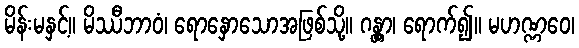
မိန်းမနှင့်။ မိဿီဘာဝံ၊ ရောနှောသောအဖြစ်သို့။ ဂန္တွာ၊ ရောက်၍။ မဟဏ္ဏဝေ၊